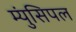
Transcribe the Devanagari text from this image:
म्युंसिपल